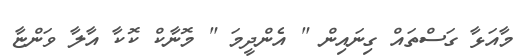
މާއަޅާ ގަސްތައް ގިނައިން " އެންދީމަ " މޮނާކް ކޮކާ އާލާ ވަންޏާ